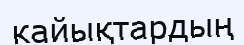
кайықтардың